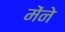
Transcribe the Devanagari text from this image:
मेंने